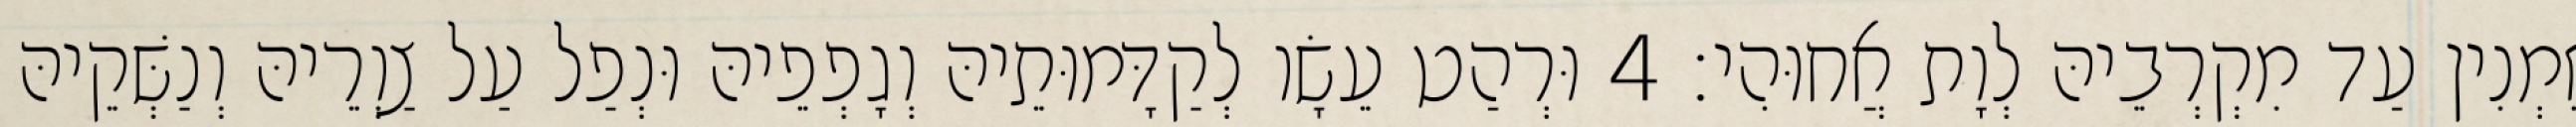
זִמְנִין עַד מִקְרְבֵיהּ לְוָת אֲחוּהִי׃ 4 וּרְהַט עֵשָׂו לְקַדָּמוּתֵיהּ וְגָפְפֵיהּ וּנְפַל עַל צַוְרֵיהּ וְנַשְּׁקֵיהּ